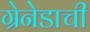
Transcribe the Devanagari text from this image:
ग्रेनेडाची